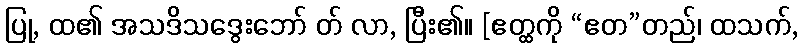
ပြု, ထ၏ အသဒိသဒွေးဘော် တ် လာ, ပြီး၏။ [ဧတ္ထကို “ဧတ”တည်၊ ထသက်,